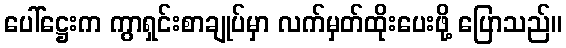
ပေါ်ဋ္ဌေးက ကွာရှင်းစာချုပ်မှာ လက်မှတ်ထိုးပေးဖို့ ပြောသည်။